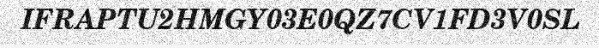
IFRAPTU2HMGY03E0QZ7CV1FD3V0SL